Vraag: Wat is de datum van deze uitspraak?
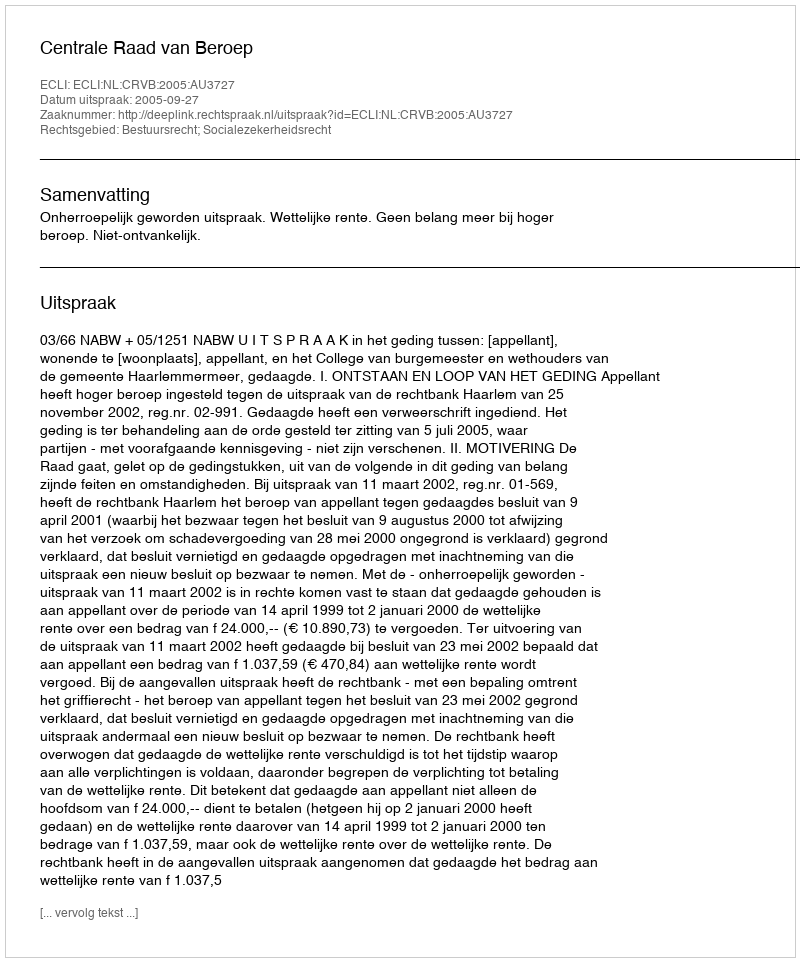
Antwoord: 2005-09-27